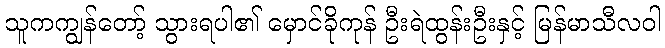
သူကကျွန်တော့် သွားရပါ၏ မှောင်ခိုကုန် ဦးရဲထွန်းဦးနှင့် မြန်မာသီလဝါ